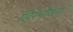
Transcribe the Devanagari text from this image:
खिरभोजना